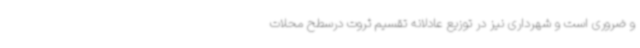
و ضروری است و شهرداری نیز در توزیع عادلانه تقسیم ثروت درسطح محلات